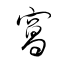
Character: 窩